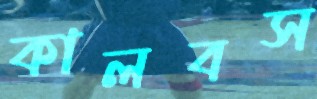
কালবস